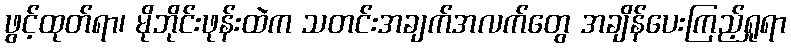
ဖွင့်ထုတ်ရာ၊ မိုဘိုင်းဖုန်းထဲက သတင်းအချက်အလက်တွေ အချိန်ပေးကြည့်ရှုရာ